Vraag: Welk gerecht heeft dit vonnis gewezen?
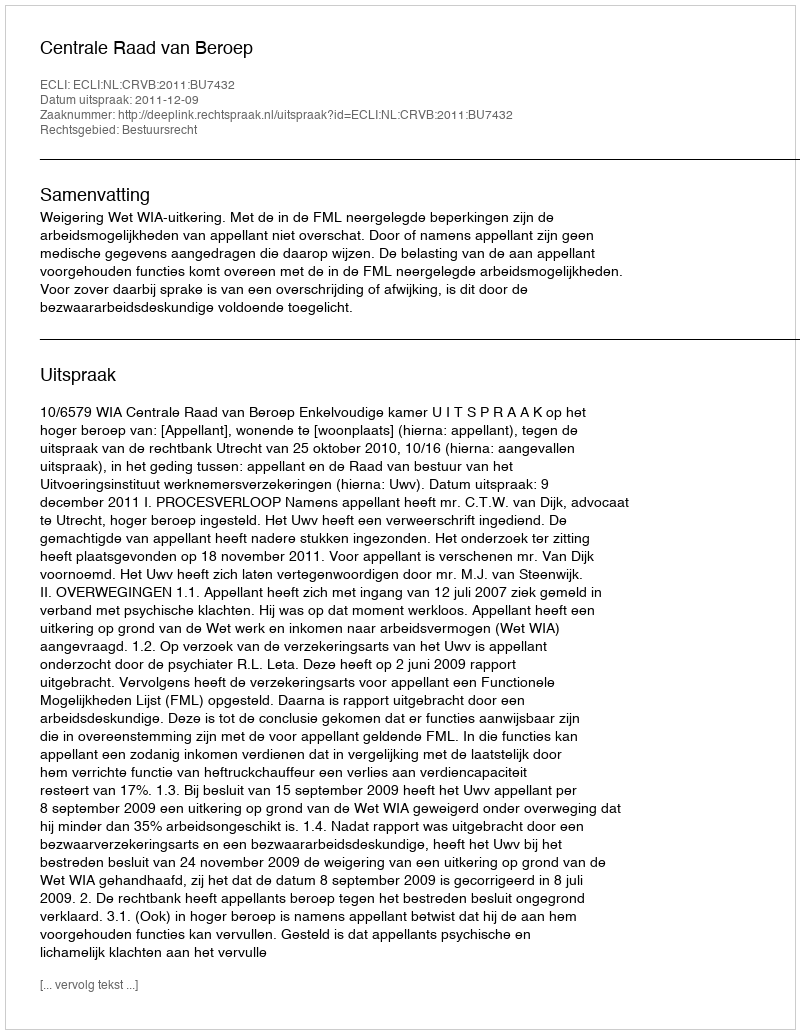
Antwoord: Centrale Raad van Beroep